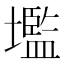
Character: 壏